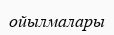
ойылмалары